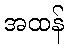
အထန်